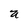
Character: U